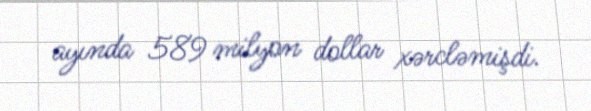
ayında 589 milyon dollar xərcləmişdi.